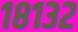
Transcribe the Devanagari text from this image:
१८१३२